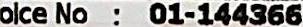
OICE NO : 01-144366